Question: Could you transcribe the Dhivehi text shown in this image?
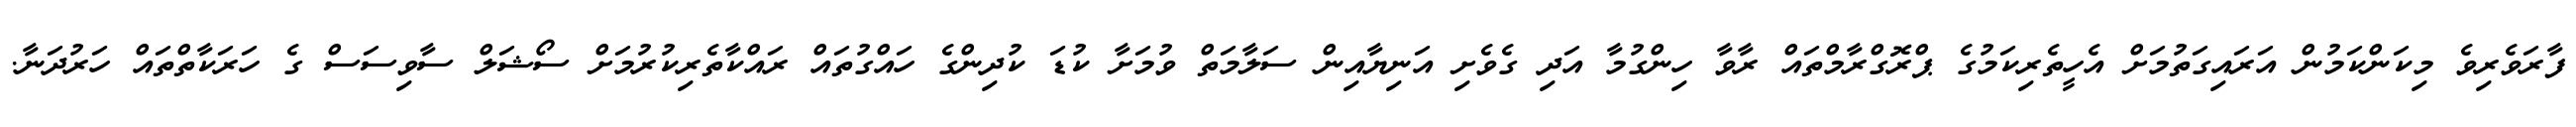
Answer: ފާރަވެރިވެ މިކަންކަމުން އަރައިގަތުމަށް އެހީތެރިކަމުގެ ޕްރޮގްރާމްތައް ރާވާ ހިންގުމާ އަދި ގެވެށި އަނިޔާއިން ސަލާމަތް ވުމަށާ ކުޑަ ކުދިންގެ ހައްގުތައް ރައްކާތެރިކުރުމަށް ސޯޝަލް ސާވިސަސް ގެ ހަރަކާތްތައް ހަރުދަނާ.